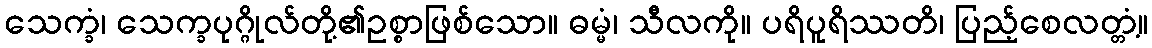
သေက္ခံ၊ သေက္ခပုဂ္ဂိုလ်တို့၏ဥစ္စာဖြစ်သော။ ဓမ္မံ၊ သီလကို။ ပရိပူရိဿတိ၊ ပြည့်စေလတ္တံ့။